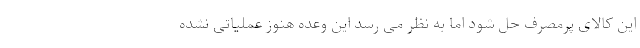
این کالای پرمصرف حل شود اما به نظر می رسد این وعده هنوز عملیاتی نشده